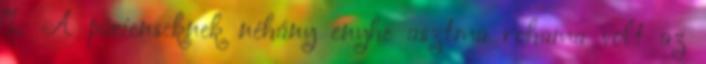
%: A pácienseknek néhány enyhe asztma rohama volt az